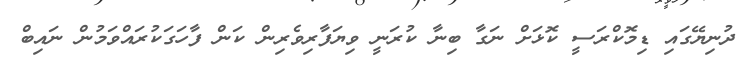
ދުނިޔޭގައި ޑިމޮކްރަސީ ކޮޅަށް ނަގާ ބިނާ ކުރަނީ ވިޔަފާރިވެރިން ކަން ފާހަގަކުރައްވަމުން ނައިބް